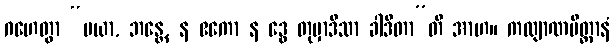
ဂဟေတွာ “မယာ, ဘန္တေ, န ဧကော န ဒွေ တုမှာဒိသာ ခါဒိတာ”တိ အာဟ။ ကလျာဏမိတ္တာနံ